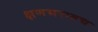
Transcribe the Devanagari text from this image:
क्षणभरातच